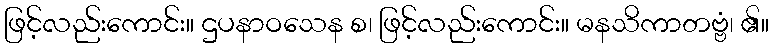
ဖြင့်လည်းကောင်း။ ဌပနာဝသေန စ၊ ဖြင့်လည်းကောင်း။ မနသိကာတဗ္ဗံ၊ ၏။